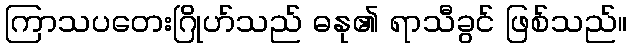
ကြာသပတေးဂြိုဟ်သည် ဓနု၏ ရာသီခွင် ဖြစ်သည်။